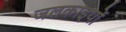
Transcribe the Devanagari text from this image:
जलकाइयों